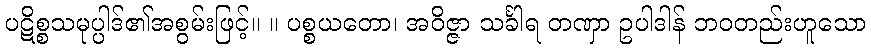
ပဋိစ္စသမုပ္ပါဒ်၏အစွမ်းဖြင့်။ ။ ပစ္စယတော၊ အဝိဇ္ဇာ သင်္ခါရ တဏှာ ဥပါဒါန် ဘဝတည်းဟူသော